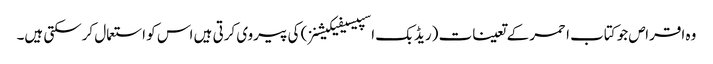
وہ اقراص جو کتاب احمر کے تعینات (ریڈ بک اسپیسیفیکیشنز) کی پیروی کرتی ہیں اس کو استعمال کرسکتی ہیں۔